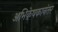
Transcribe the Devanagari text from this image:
अभिकेषकानंतर